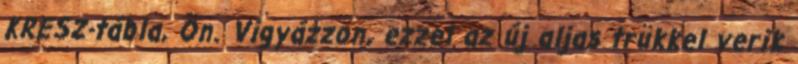
KRESZ-tábla, Ön. Vigyázzon, ezzel az új aljas trükkel verik